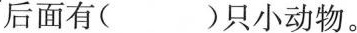
后面有( )只小动物。